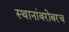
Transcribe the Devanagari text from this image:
स्थानांबरोबरच